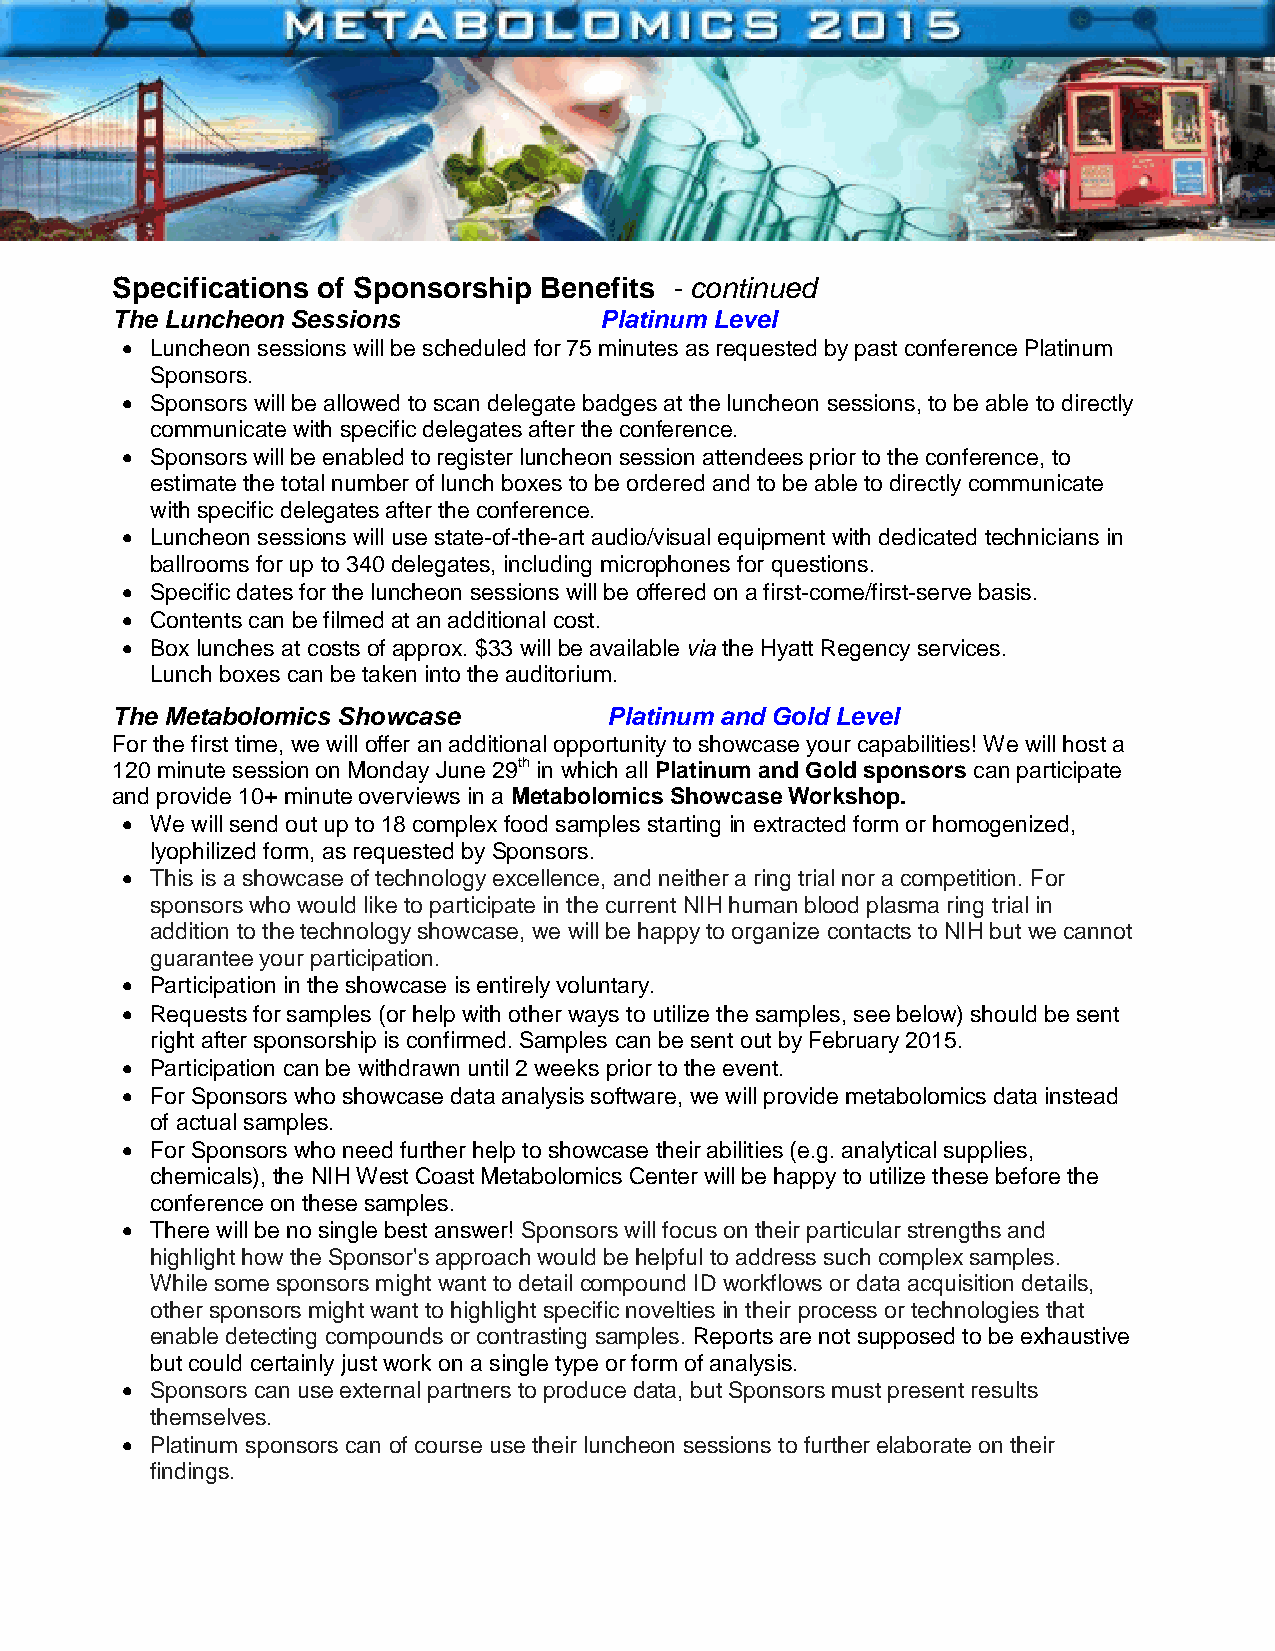
Specifications of Sponsorship Benefits - continued
 The Luncheon Sessions            Platinum Level
  Luncheon sessions will be scheduled for 75 minutes as requested by past conference Platinum
 Sponsors.
  Sponsors will be allowed to scan delegate badges at the luncheon sessions, to be able to directly
 communicate with specific delegates after the conference.
  Sponsors will be enabled to register luncheon session attendees prior to the conference, to
 estimate the total number of lunch boxes to be ordered and to be able to directly communicate
 with specific delegates after the conference.
  Luncheon sessions will use state-of-the-art audio/visual equipment with dedicated technicians in
 ballrooms for up to 340 delegates, including microphones for questions.
  Specific dates for the luncheon sessions will be offered on a first-come/first-serve basis.
  Contents can be filmed at an additional cost.
  Box lunches at costs of approx. $33 will be available via the Hyatt Regency services.
 Lunch boxes can be taken into the auditorium.
 The Metabolomics Showcase        Platinum and Gold Level
 For the first time, we will offer an additional opportunity to showcase your capabilities! We will host a
 120 minute session on Monday June 29th in which all Platinum and Gold sponsors can participate
 and provide 10+ minute overviews in a Metabolomics Showcase Workshop.
  We will send out up to 18 complex food samples starting in extracted form or homogenized,
 lyophilized form, as requested by Sponsors.
  This is a showcase of technology excellence, and neither a ring trial nor a competition. For
 sponsors who would like to participate in the current NIH human blood plasma ring trial in
 addition to the technology showcase, we will be happy to organize contacts to NIH but we cannot
 guarantee your participation.
  Participation in the showcase is entirely voluntary.
  Requests for samples (or help with other ways to utilize the samples, see below) should be sent
 right after sponsorship is confirmed. Samples can be sent out by February 2015.
  Participation can be withdrawn until 2 weeks prior to the event.
  For Sponsors who showcase data analysis software, we will provide metabolomics data instead
 of actual samples.
  For Sponsors who need further help to showcase their abilities (e.g. analytical supplies,
 chemicals), the NIH West Coast Metabolomics Center will be happy to utilize these before the
 conference on these samples.
  There will be no single best answer! Sponsors will focus on their particular strengths and
 highlight how the Sponsor's approach would be helpful to address such complex samples.
 While some sponsors might want to detail compound ID workflows or data acquisition details,
 other sponsors might want to highlight specific novelties in their process or technologies that
 enable detecting compounds or contrasting samples. Reports are not supposed to be exhaustive
 but could certainly just work on a single type or form of analysis.
  Sponsors can use external partners to produce data, but Sponsors must present results
 themselves.
  Platinum sponsors can of course use their luncheon sessions to further elaborate on their
 findings.